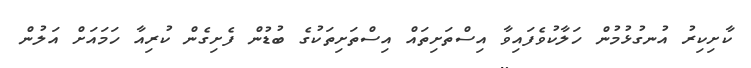
ކާށިކިރު އުނގުޅުމުން ހަލާކުވެފައިވާ އިސްތަށިތައް އިސްތަށިތަކުގެ ބުޑުން ފެށިގެން ކުރިއާ ހަމައަށް އަލުން